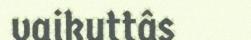
vaikuttâs